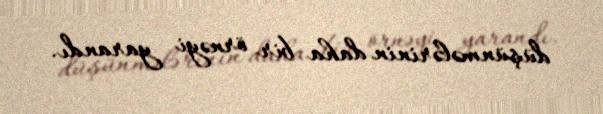
düşünmələrinin daha bir örnəyi yarandı.